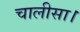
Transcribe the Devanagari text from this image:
चालीसा।